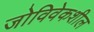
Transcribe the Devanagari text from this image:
जोविवेकशील